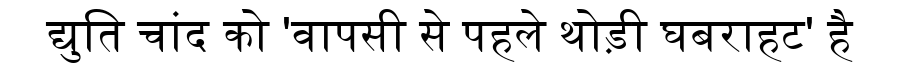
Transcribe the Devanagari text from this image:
द्युति चांद को 'वापसी से पहले थोड़ी घबराहट' है